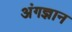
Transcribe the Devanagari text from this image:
अंगज्ञान